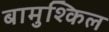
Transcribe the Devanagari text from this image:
बामुश्किल